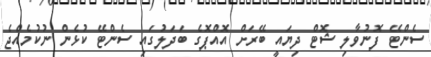
ސެންޓޭ ފޮނުވާލި ޝޮޓް ދިޔައީ ބޭރަށް އޮއްޕޮގެ ބަދަލުގައި ސެންޓޭ ކުޅެން ނުކުމެއްޖެ